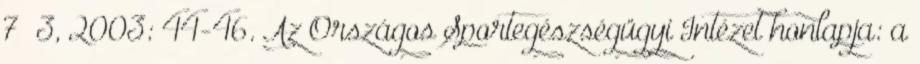
7 3, 2003: 44-46. Az Országos Sportegészségügyi Intézet honlapja: a